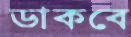
ডাকবে